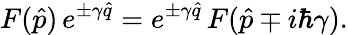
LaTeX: F(\hat{p})\, e^{\pm\gamma\hat{q}}=e^{\pm\gamma\hat{q}}\, F(\hat{p}\mp i\hbar\gamma).